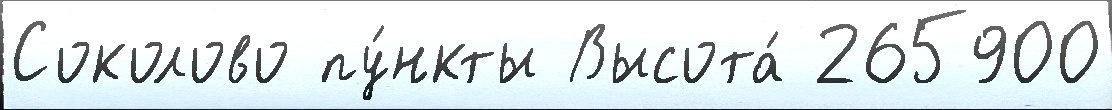
Соколово пу́нкты Высота́ 265900